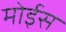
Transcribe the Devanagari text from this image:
मोईस